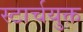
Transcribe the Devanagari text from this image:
स्टार्चयुक्त